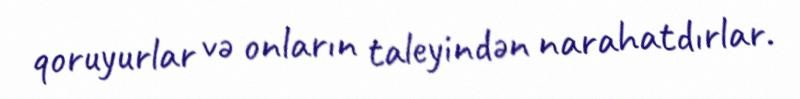
qoruyurlar və onların taleyindən narahatdırlar.